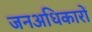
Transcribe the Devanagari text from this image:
जनअधिकारों